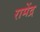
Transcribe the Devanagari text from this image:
रामेंद्र